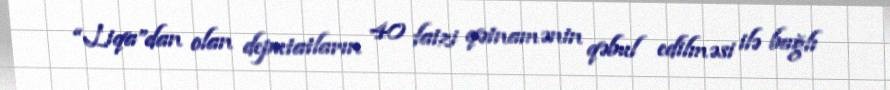
“Liqa”dan olan deputatların 40 faizi qətnamənin qəbul edilməsi ilə bağlı